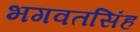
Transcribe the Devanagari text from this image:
भगवतसिंह